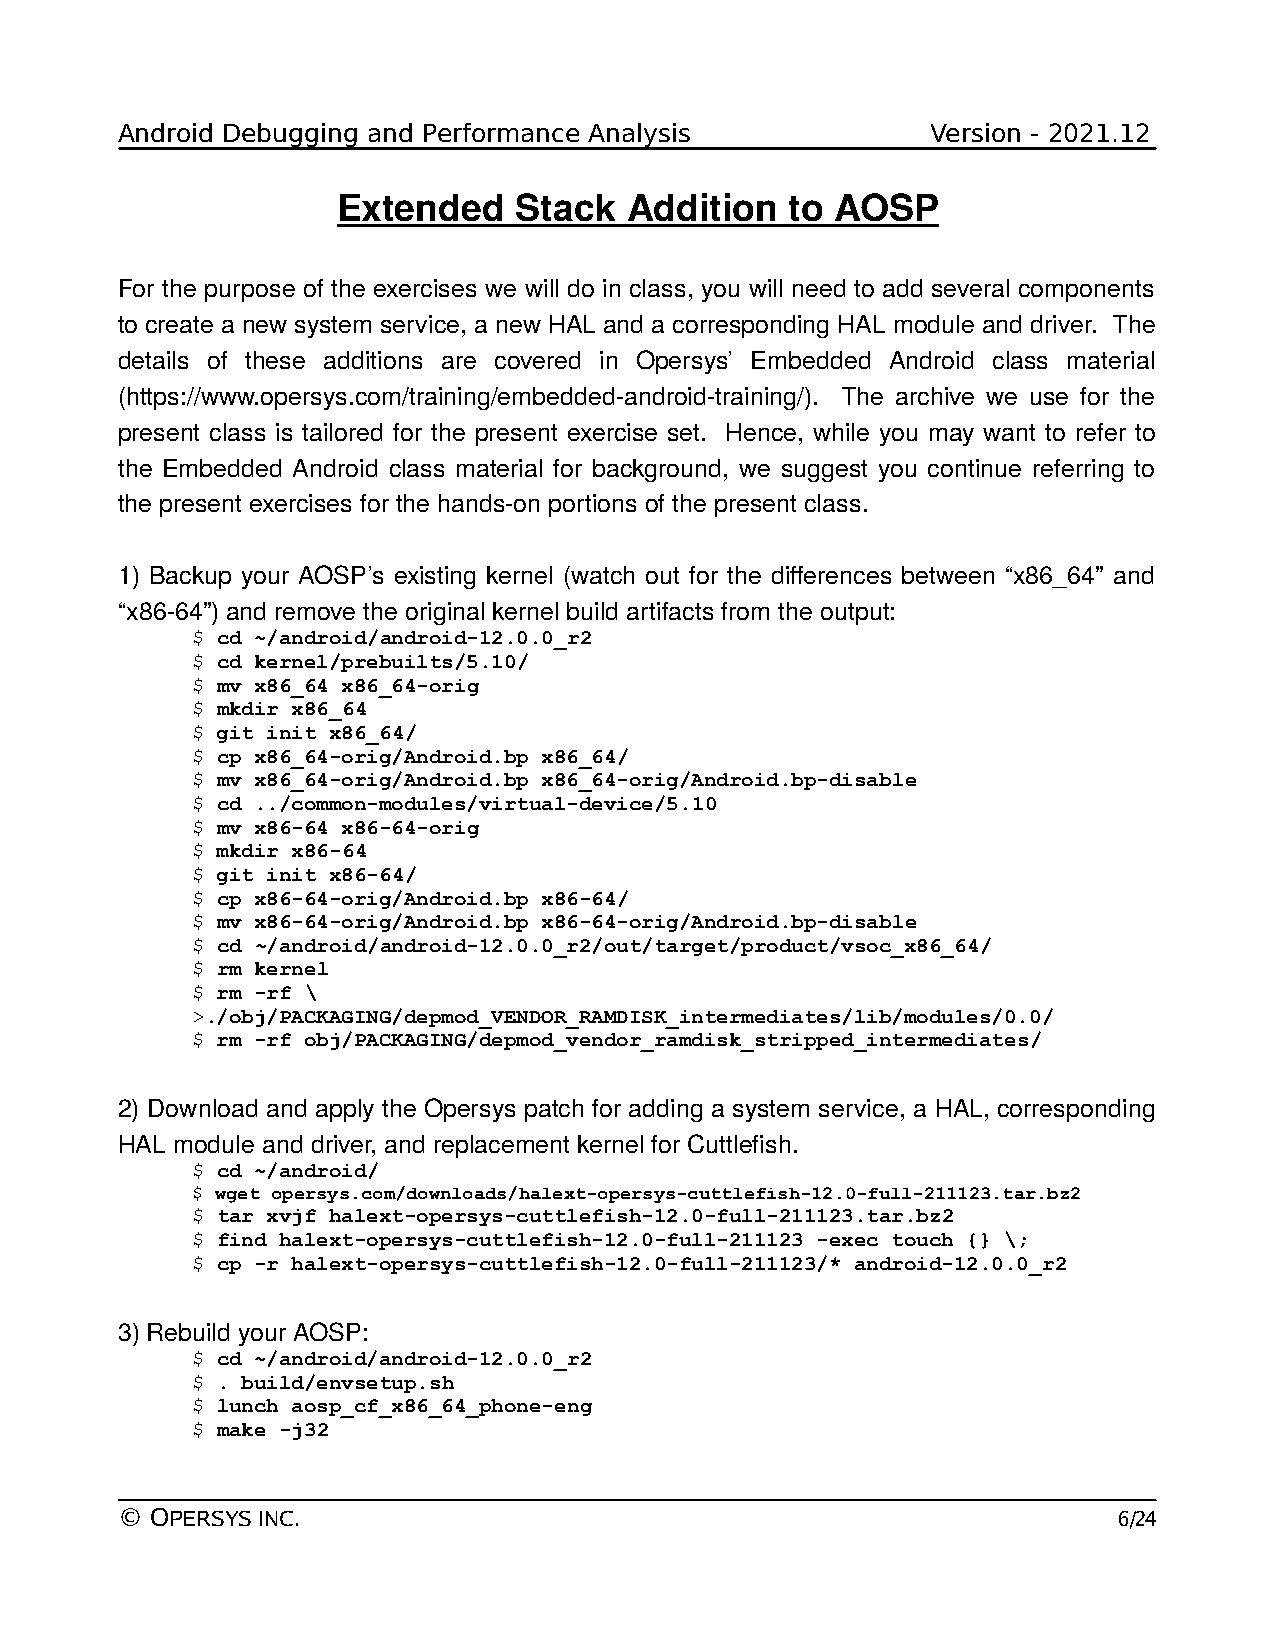
Android Debugging and Performance Analysis            Version - 2021.12
 Extended    Stack  Addition   to AOSP
 For the purpose of the exercises we will do in class, you will need to add several components
 to create a new system service, a new HAL and a corresponding HAL module and driver. The
 details of these additions are covered in Opersys’ Embedded Android class material
 (https://www.opersys.com/training/embedded-android-training/). The archive we use for the
 present class is tailored for the present exercise set. Hence, while you may want to refer to
 the Embedded Android class material for background, we suggest you continue referring to
 the present exercises for the hands-on portions of the present class.
 1) Backup your AOSP’s existing kernel (watch out for the differences between “x86_64” and
 “x86-64”) and remove the original kernel build artifacts from the output:
 $ cd ~/android/android-12.0.0_r2
 $ cd kernel/prebuilts/5.10/
 $ mv x86_64 x86_64-orig
 $ mkdir x86_64
 $ git init x86_64/
 $ cp x86_64-orig/Android.bp x86_64/
 $ mv x86_64-orig/Android.bp x86_64-orig/Android.bp-disable
 $ cd ../common-modules/virtual-device/5.10
 $ mv x86-64 x86-64-orig
 $ mkdir x86-64
 $ git init x86-64/
 $ cp x86-64-orig/Android.bp x86-64/
 $ mv x86-64-orig/Android.bp x86-64-orig/Android.bp-disable
 $ cd ~/android/android-12.0.0_r2/out/target/product/vsoc_x86_64/
 $ rm kernel
 $ rm -rf \
 >./obj/PACKAGING/depmod_VENDOR_RAMDISK_intermediates/lib/modules/0.0/
 $ rm -rf obj/PACKAGING/depmod_vendor_ramdisk_stripped_intermediates/
 2) Download and apply the Opersys patch for adding a system service, a HAL, corresponding
 HAL module and driver, and replacement kernel for Cuttlefish.
 $ cd ~/android/
 $ wget opersys.com/downloads/halext-opersys-cuttlefish-12.0-full-211123.tar.bz2
 $ tar xvjf halext-opersys-cuttlefish-12.0-full-211123.tar.bz2
 $ find halext-opersys-cuttlefish-12.0-full-211123 -exec touch {} \;
 $ cp -r halext-opersys-cuttlefish-12.0-full-211123/* android-12.0.0_r2
 3) Rebuild your AOSP:
 $ cd ~/android/android-12.0.0_r2
 $ . build/envsetup.sh
 $ lunch aosp_cf_x86_64_phone-eng
 $ make -j32
 © OPERSYS INC.                                                    6/24